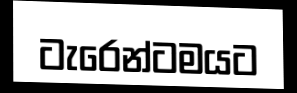
ටැරෙන්ටමයට